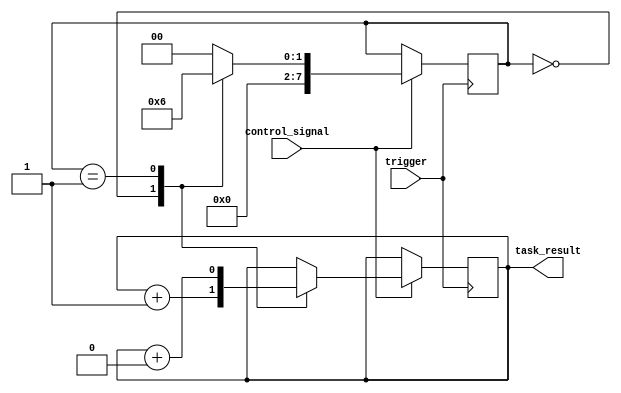
module generate_task(
    input trigger,
    input control_signal,
    output task_result
);

// Define internal registers and variables
reg [7:0] task_state;

// Define behavioral modeling block
always @ (posedge trigger) begin
    if(control_signal == 1) begin
        case(task_state)
            0: begin
                // Perform Task 1
                task_result <= task_result + 1;
                task_state <= 1;
            end
            1: begin
                // Perform Task 2
                task_result <= task_result + 2;
                task_state <= 2;
            end
            // Add more cases for additional tasks if needed
            default: begin
                // Reset to initial state
                task_state <= 0;
            end
        endcase
    end
end

endmodule